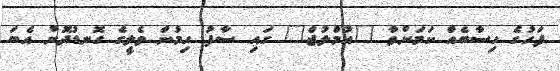
ފަހުގެ ހިސާބެއް ކަމަށްވާ "އުމްލުޖް" ގައި ސާފު ހިމުން ވެލީގެ ގޮނޑުދޮށް އެބަ